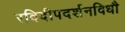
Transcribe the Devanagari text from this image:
रविदीपदर्शनविधौ